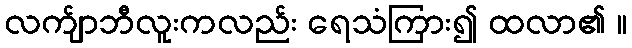
လက်ျာဘီလူးကလည်း ရေသံကြား၍ ထလာ၏ ။